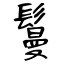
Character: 鬘